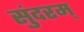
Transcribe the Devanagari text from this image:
सुंदरम्‌